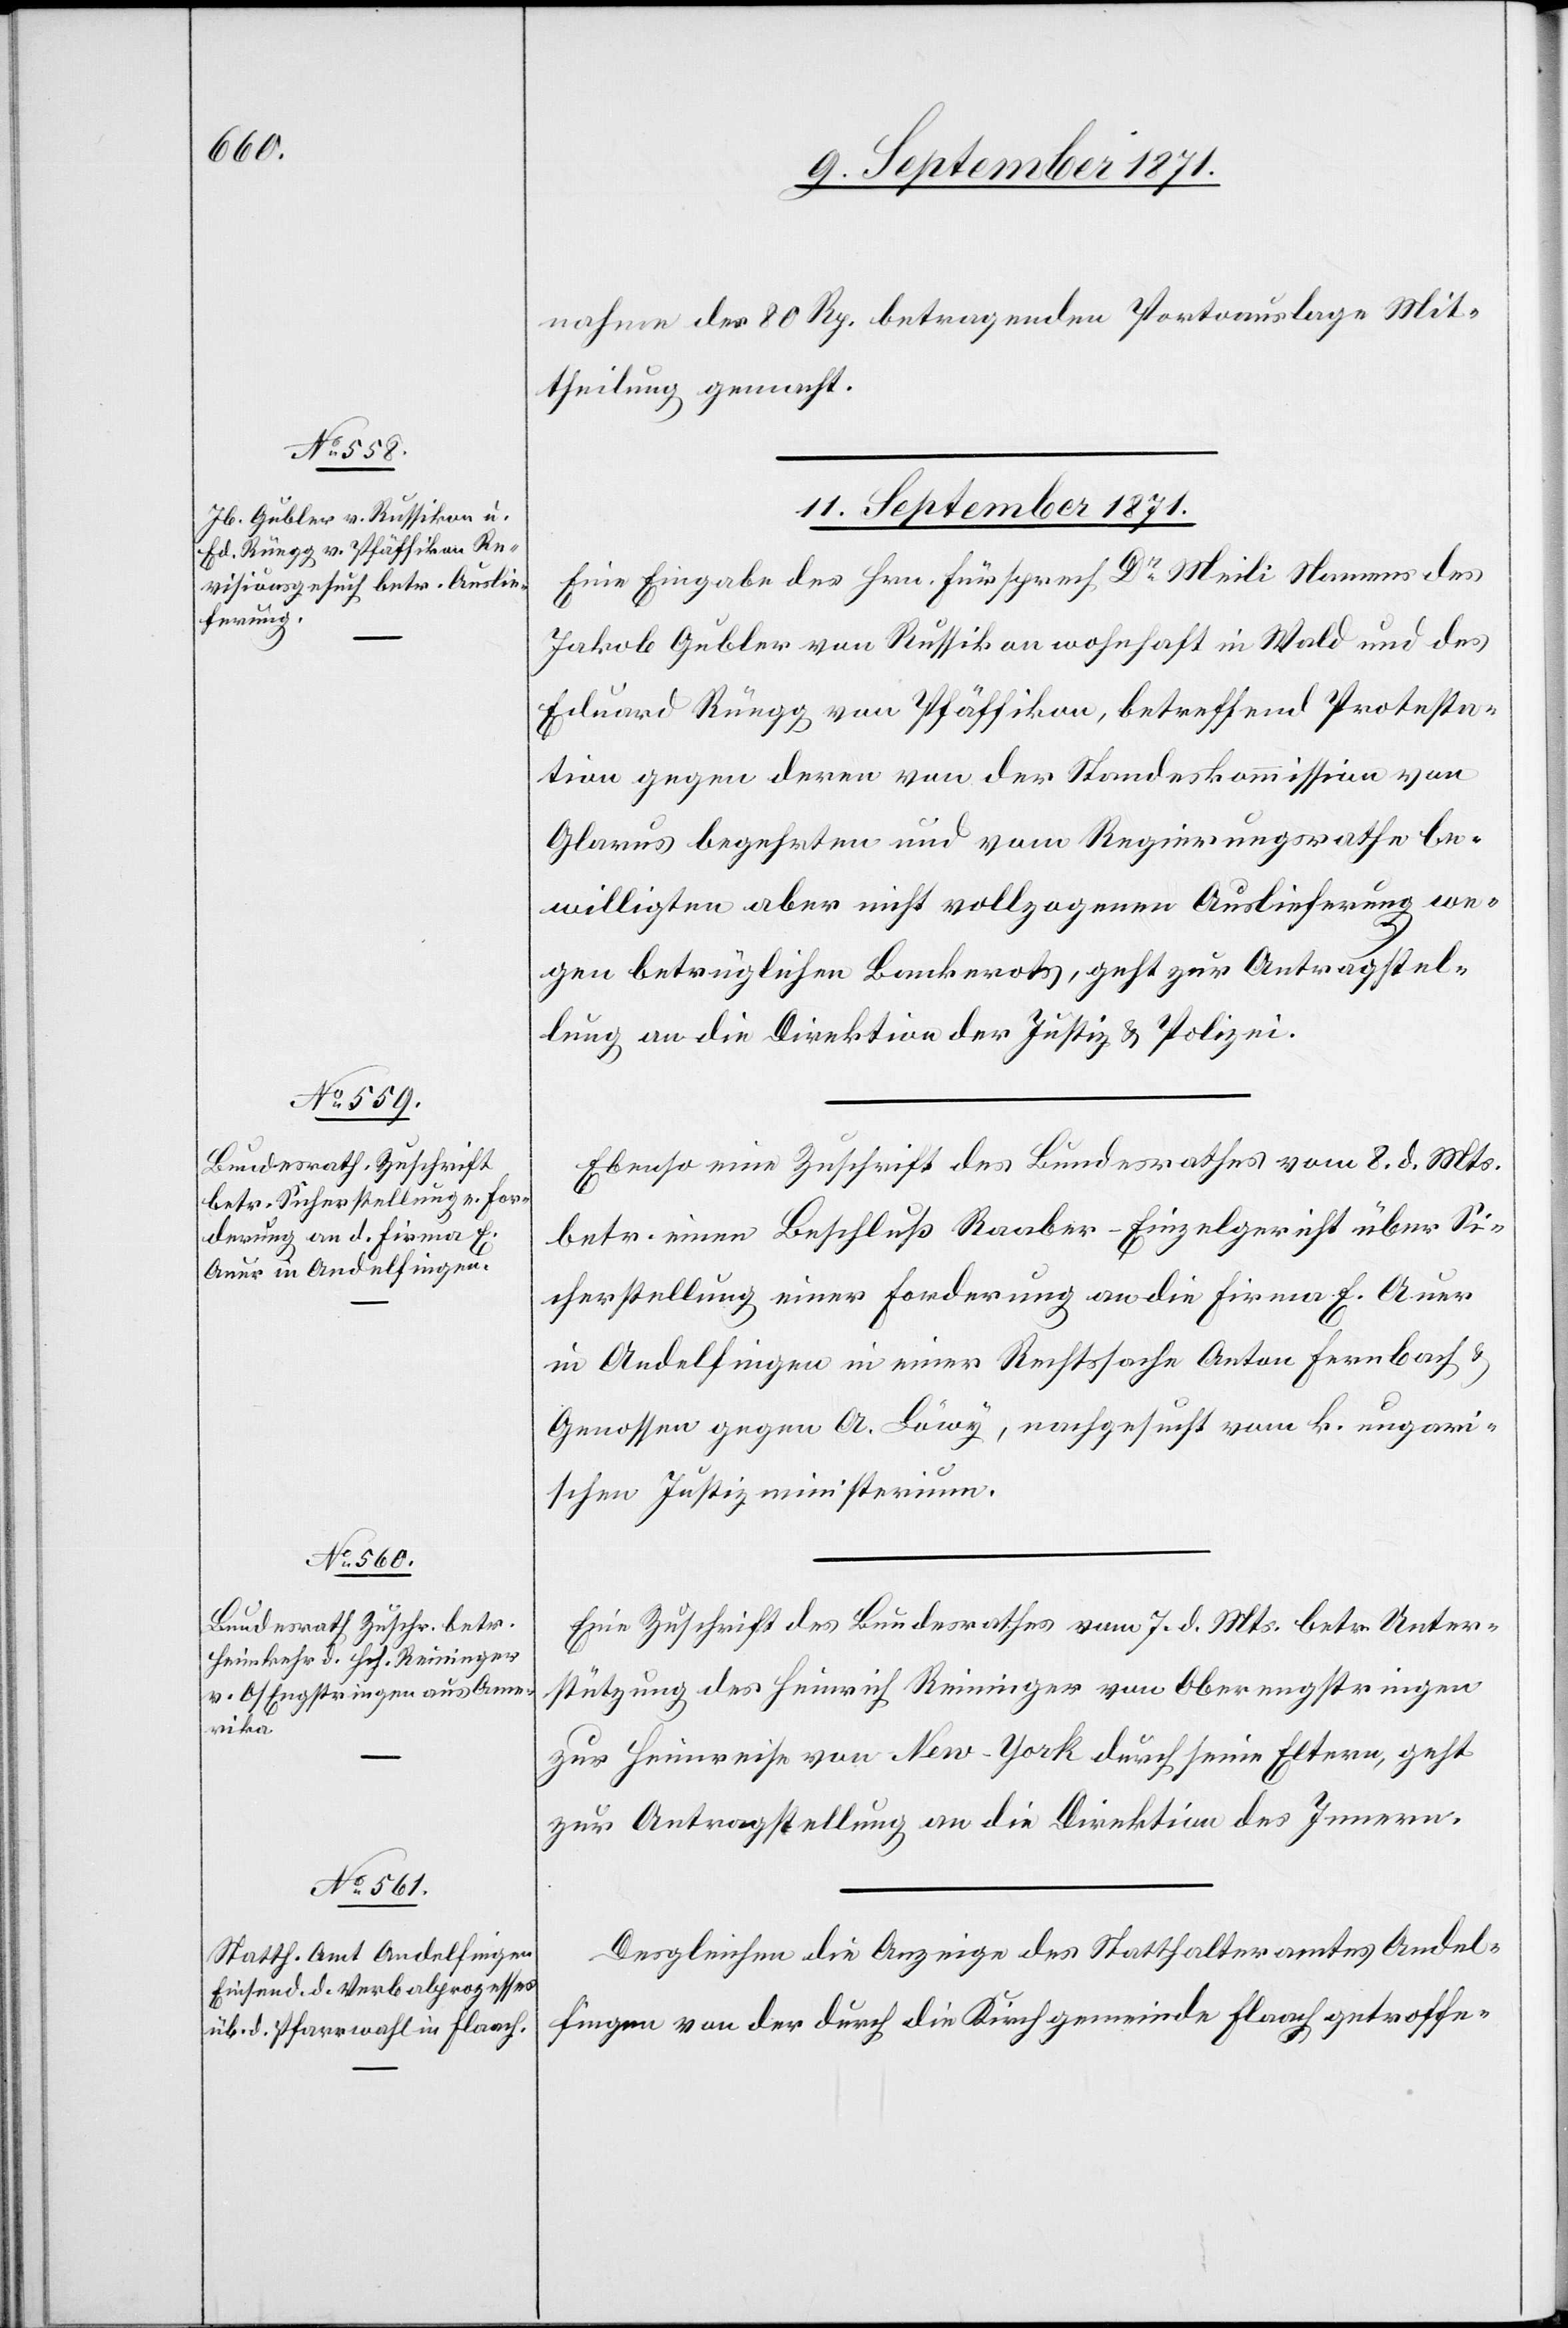
nahme der 80 Rp. betragenden Portoauslage Mit¬
theilung gemacht.
11. September 1871.]
Eine Eingabe des Hrn. Fürsprech Dr Meili Namens des
Jakob Gubler von Russikon wohnhaft in Wald und des
Eduard Rüegg von Pfäffikon, betreffend Protesta¬
tion gegen deren von der Standeskommission von
Glarus begehrten und vom Regierungsrathe be¬
willigten aber nicht vollzogenen Auslieferung we¬
gen betrüglichen Bankerots, geht zur Antragstel¬
lung an die Direktion der Justiz & Polizei.
Ebenso eine Zuschrift des Bundesrathes vom 8. d. Mts.
betr. einen Beschluß Raaber–Einzelgericht über Si¬
cherstellung einer Forderung an die Firma E. Auer
in Andelfingen in einer Rechtssache Anton Fernbach &
Genossen gegen A. Löwy, nachgesucht vom k. ungari¬
schen Justizministerium.
Eine Zuschrift des Bundesrathes vom 7. d. Mts. betr. Unter¬
stützung des Heinrich Reininger von Oberengstringen
zur Heimreise von New-York durch seine Eltern, geht
zur Antragstellung an die Direktion des Innern.
Desgleichen die Anzeige des Statthalteramtes Andel¬
fingen von der durch die Kirchgemeinde Flaach getroffe-